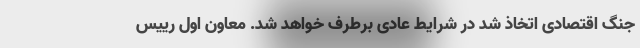
جنگ اقتصادی اتخاذ شد در شرایط عادی برطرف خواهد شد. معاون اول رییس